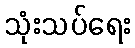
သုံးသပ်ရေး